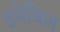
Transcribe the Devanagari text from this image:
इनेबिल